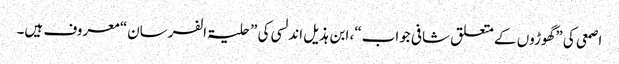
اصمعی کی ”گھوڑوں کے متعلق شافی جواب“، ابن ہذیل اندلسی کی ”حلیۃ الفرسان“ معروف ہیں۔